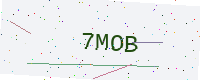
Text: 7MOB